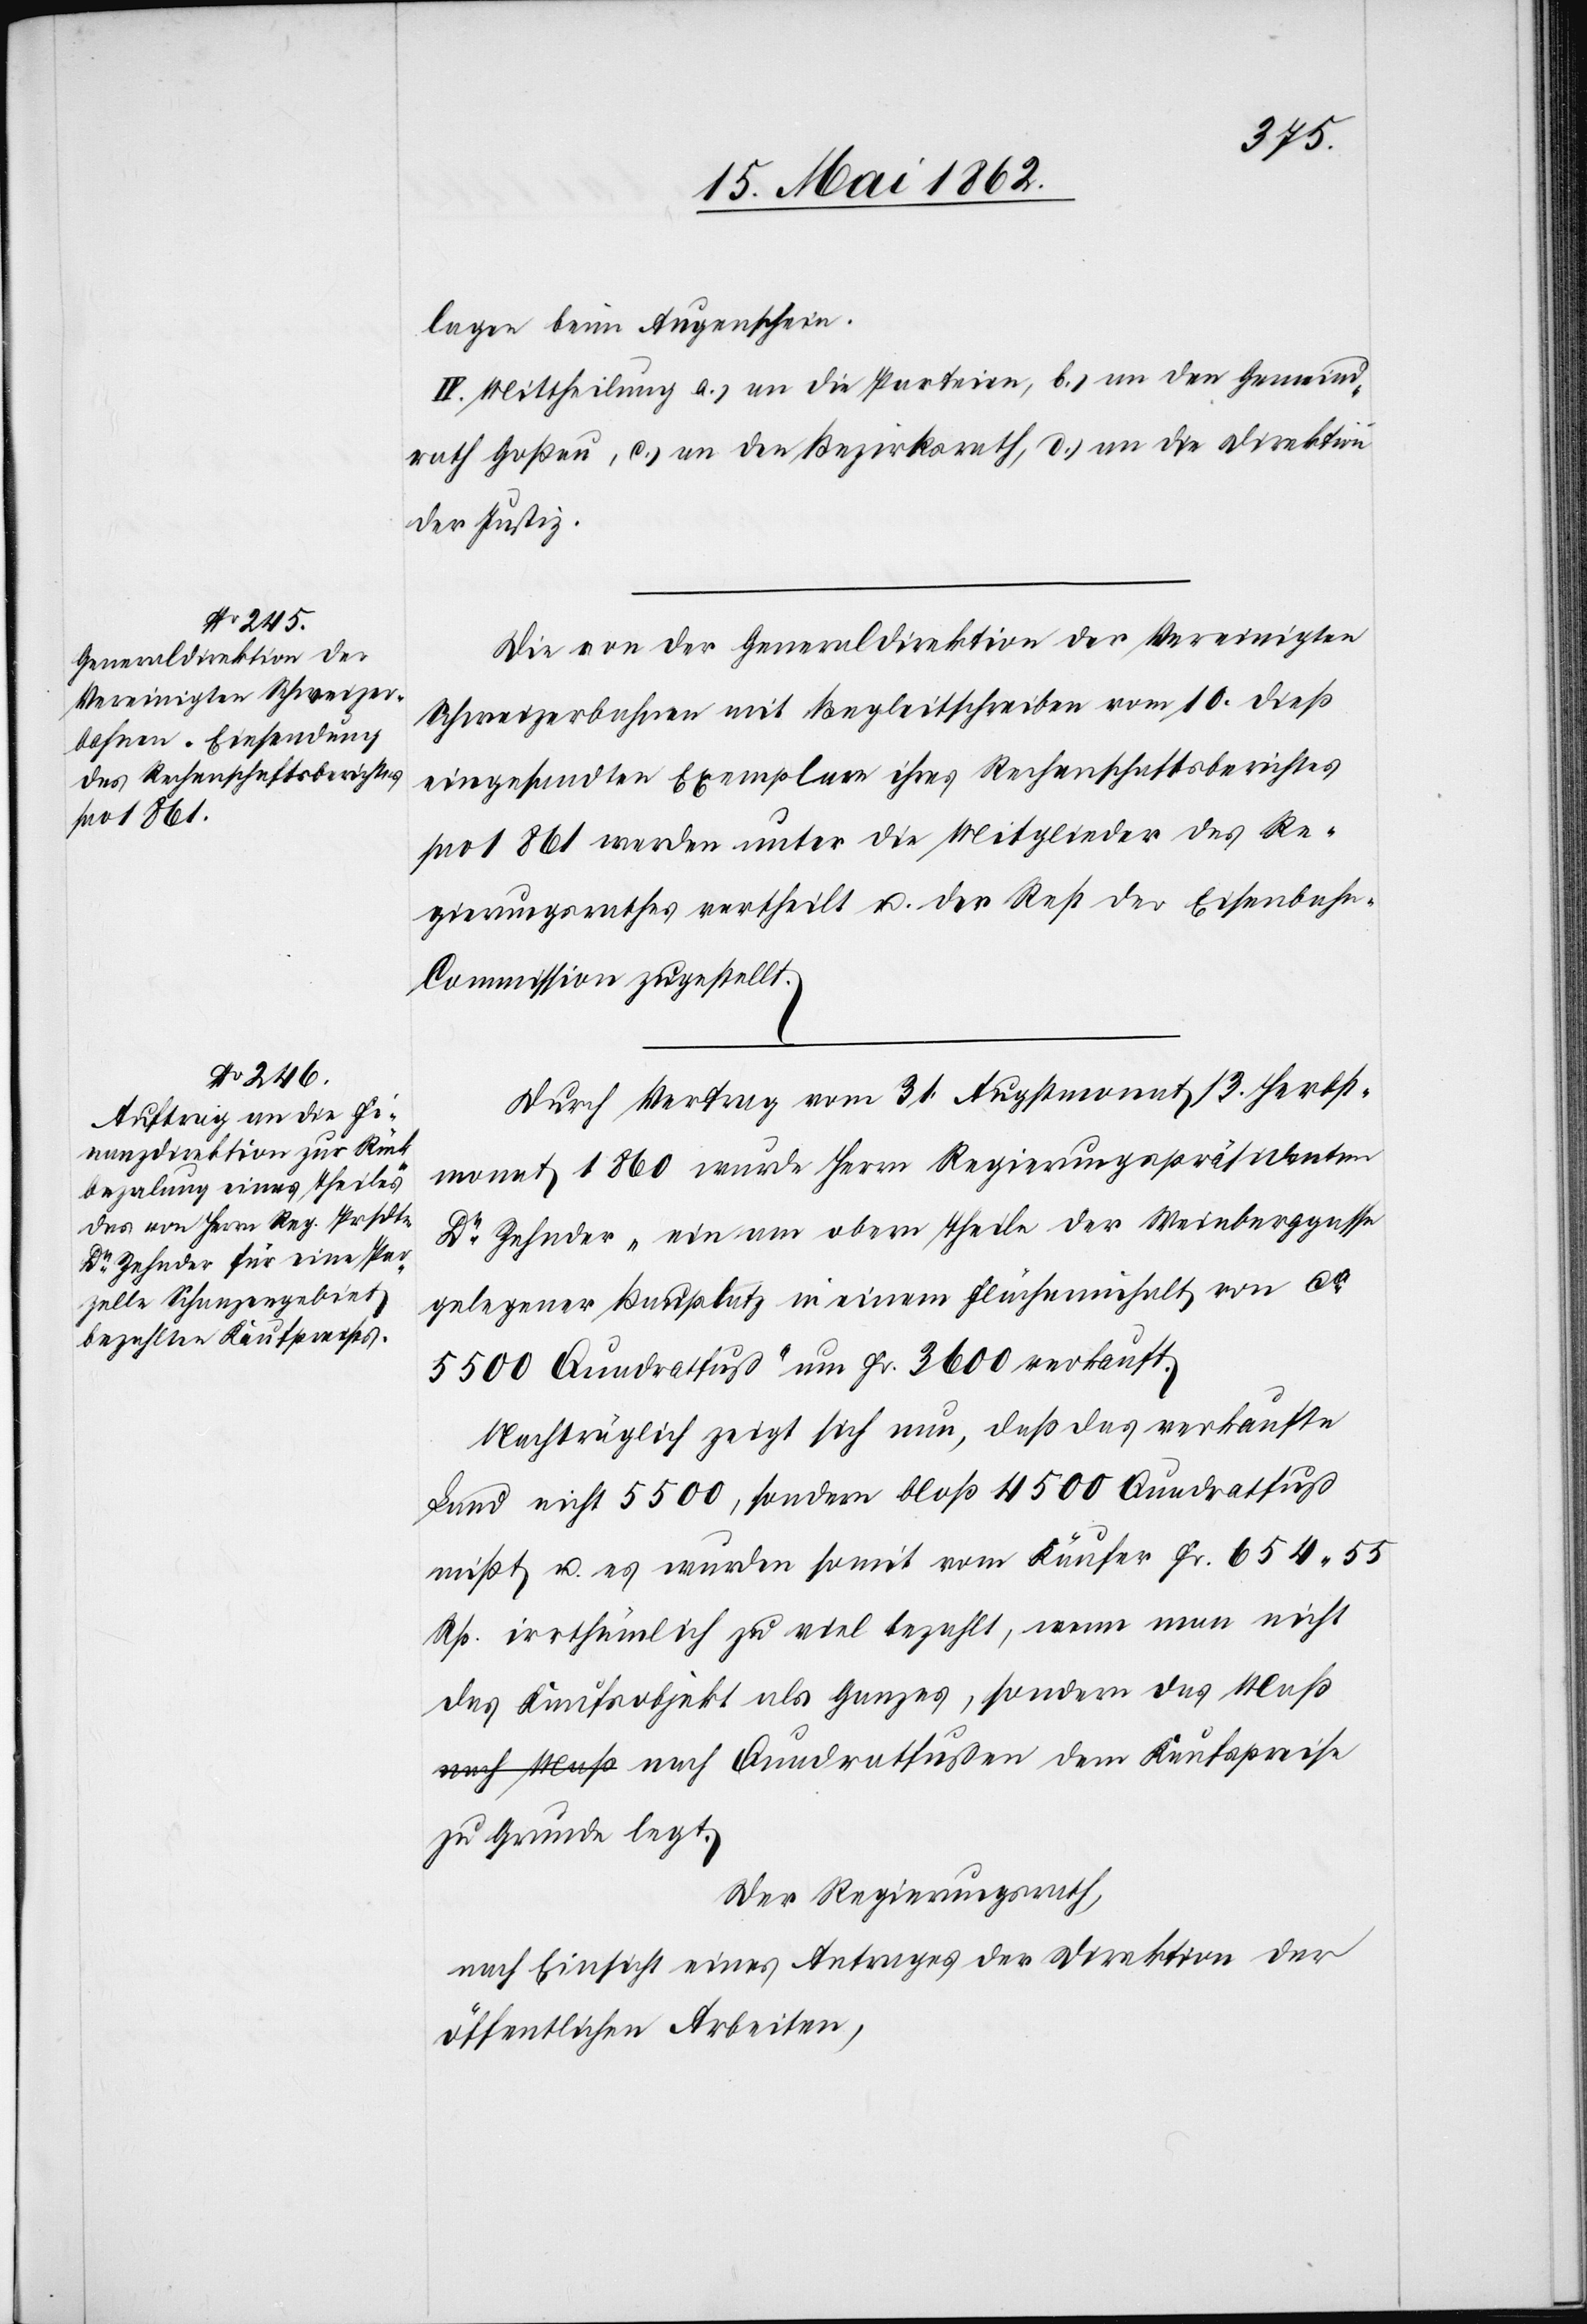
lagen beim Augenschein.
IV. Mittheilung a) an die Parteien, b) an den Gemeind¬
rath Goßau, c) an den Bezirksrath, d) an die Direktion
der Justiz.
Die von der Generaldirektion der Vereinigten
Schweizerbahnen mit Begleitschreiben vom 10. dieß
eingesandten Exemplare ihres Rechenschaftsberichtes
pro 1861 werden unter die Mitglieder des Re¬
gierungsrathes vertheilt u. der Rest der Eisenbah¬
n-Commission zugestellt.
Durch Vertrag vom 31. Augustmonat / 3. Herbst¬
monat 1860 wurde Herr Regierungspräsidenten
Dr. Zehnder „ein am obern Theile der Weinberggasse
gelegener Bauplatz in einem Flächeinhalt von ca.
5500 Quadratfuß“ um Fr. 3600 verkauft.
Nachträglich zeigt sich nun, daß das verkaufte
Land nicht 5500, sonder bloß 4500 Quadratfuß
mißt u. es wurden somit vom Käufer Fr. 654 55
Rp. irrthümlich zu viel bezahlt, wenn man nicht
das Kaufsobjekt als Ganzes, sondern das Maß
zu Grunde legt.
Der Regierungsrath,
nach Einsicht eines Antrages der Direktion der
öffentlichen Arbeiten,